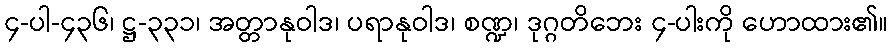
၄-ပါ-၄၃၆၊ ဋ္ဌ-၃၃၁၊ အတ္တာနုဝါဒ၊ ပရာနုဝါဒ၊ စဏ္ဍ၊ ဒုဂ္ဂတိဘေး ၄-ပါးကို ဟောထား၏။